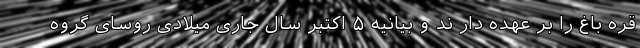
قره باغ را بر عهده دار ند و بیانیه ۵ اکتبر سال جاری میلادی روسای گروه